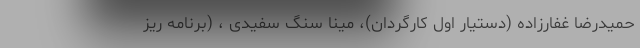
حمیدرضا غفارزاده (دستیار اول کارگردان)، مینا سنگ سفیدی ، (برنامه ریز